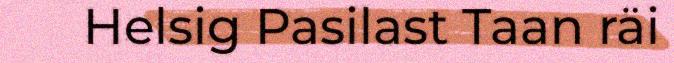
Helsig Pasilast Taan räi